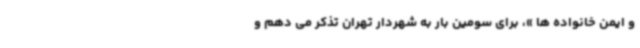
و ایمن خانواده ها »، برای سومین بار به شهردار تهران تذکر می دهم و